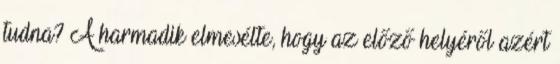
tudna? A harmadik elmesélte, hogy az előző helyéről azért